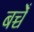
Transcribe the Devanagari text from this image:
बच्चेँ